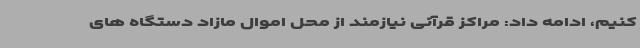
کنیم، ادامه داد: مراکز قرآنی نیازمند از محل اموال مازاد دستگاه های